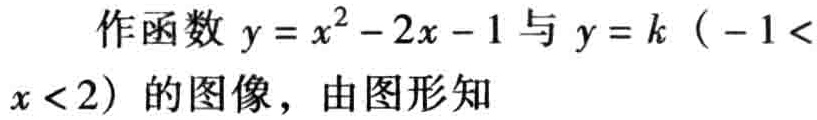
作函数 \(y = x^{2}-2x - 1\) 与 \(y = k\)（\(-1 < x < 2\)）的图像，由图形知